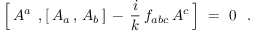
\Bigl [ \, A ^ { a } \; \, , [ \, A _ { a } \, , \, A _ { b } \, ] \, - \, \frac { i } { k } \, f _ { a b c } \, A ^ { c } \, \Bigr ] \ = \ 0 \ \ .